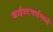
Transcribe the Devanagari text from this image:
ख्राईस्टचर्चमध्ये